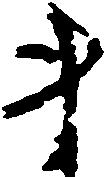
ま